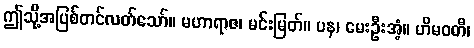
ဤသို့အပြစ်တင်လတ်သော်။ မဟာရာဇ၊ မင်းမြတ်။ ပန၊ မေးဦးအံ့။ ဟိမဝတီ၊